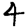
Digit: 4